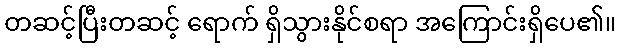
တဆင့်ပြီးတဆင့် ရောက် ရှိသွားနိုင်စရာ အကြောင်းရှိပေ၏။